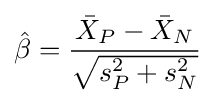
{\hat {\beta }}={\frac {{\bar {X}}_{P}-{\bar {X}}_{N}}{\sqrt {s_{P}^{2}+s_{N}^{2}}}}